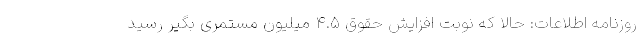
روزنامه اطلاعات: حالا که نوبت افزایش حقوق ۴.۵ میلیون مستمری بگیر رسید